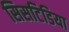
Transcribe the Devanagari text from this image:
सिसटिडिया